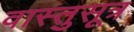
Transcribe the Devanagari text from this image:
वास्तुसूत्र